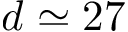
d \simeq 2 7